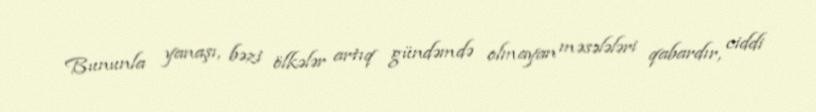
Bununla yanaşı, bəzi ölkələr artıq gündəmdə olmayan məsələləri qabardır, ciddi